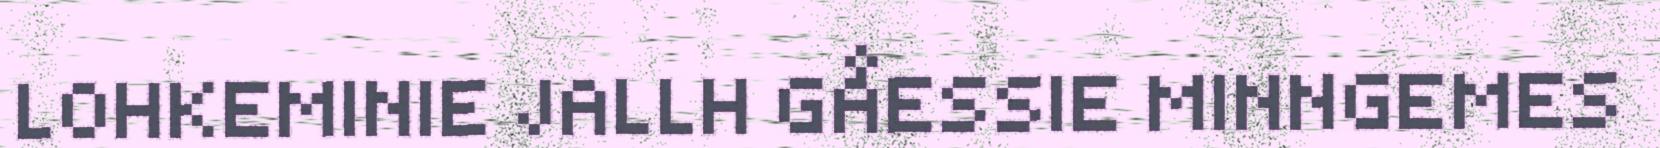
LOHKEMINIE JALLH GÅESSIE MINNGEMES